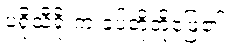
ပရိုသီရိုးက ခပ်တိုတိုဖြေ၏။